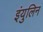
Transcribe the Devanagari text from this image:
इंयुलिन